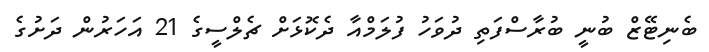
ބެނިޓޭޒް ބުނީ ބުރާސްފަތި ދުވަހު ފުލަމްއާ ދެކޮޅަށް ޗެލްސީގެ 21 އަހަރުން ދަށުގެ